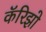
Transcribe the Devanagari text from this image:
कॅरिझो